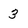
Character: 3